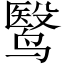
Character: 鹥